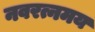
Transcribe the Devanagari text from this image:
नवरत्नमय